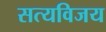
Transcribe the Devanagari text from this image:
सत्यविजय